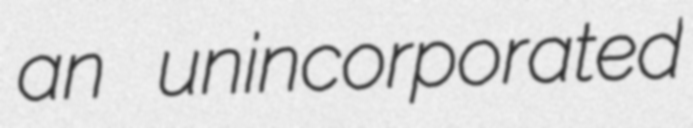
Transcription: an unincorporated